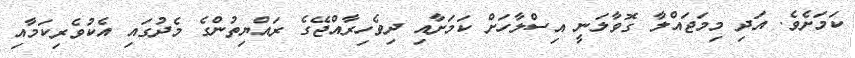
ކަމަށެވެ. އަދި މިމަޖައްލާ ގޮވާލަނީ އިސްލާހަށް ކަމަށާއި ދިވެހިރާއްޖޭގެ ރައްޔިތުންގެ މެދުގައި އެކުވެރިކަމާއި